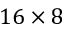
1 6 \times 8